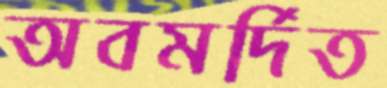
অবমর্দিত